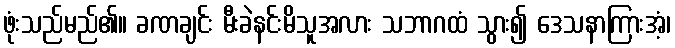
ဖုံးသည်မည်၏။ ခဏချင်း မီးခဲနင်းမိသူအလား သဘာဂထံ သွား၍ ဒေသနာကြားအံ့၊